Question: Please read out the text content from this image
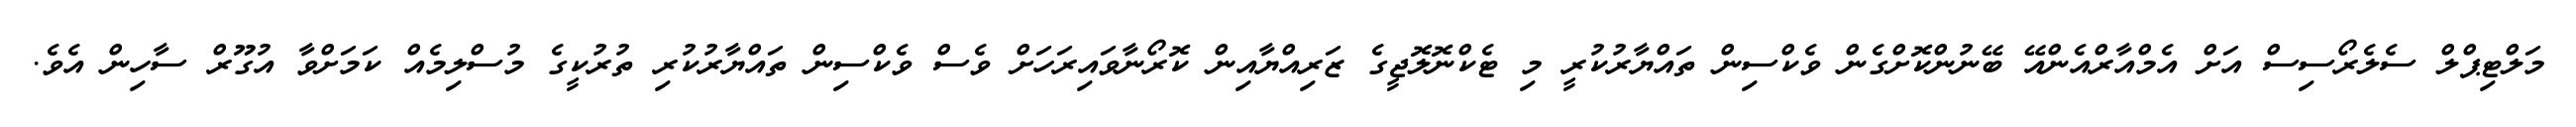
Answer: މަލްޓިޕްލް ސެލެރޯސިސް އަށް އެމްއާރްއެންއޭ ބޭނުންކޮށްގެން ވެކްސިން ތައްޔާރުކުރީ މި ޓެކްނޮލޮޖީގެ ޒަރިއްޔާއިން ކޮރޯނާވައިރަހަށް ވެސް ވެކްސިން ތައްޔާރުކުރި ތުރުކީގެ މުސްލިމެއް ކަމަށްވާ އުގޫރް ސާހިން އެވެ.